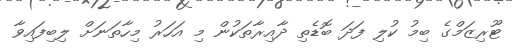
ޓޫރިޒަމްގެ ބިމު ކުލި ފަދަ ބޮޑެތި ދާއިރާތަކުން މި އަހަރު މިހާތަނަށް ލިބިފައިވާ